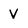
Character: V